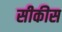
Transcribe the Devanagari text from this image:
सीकीस